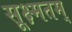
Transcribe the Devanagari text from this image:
सूक्ष्मतम्